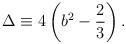
LaTeX: \begin{align*}\Delta \equiv 4\left(b^2-\frac{2}{3} \right).\end{align*}